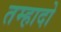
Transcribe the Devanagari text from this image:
तम्हादो